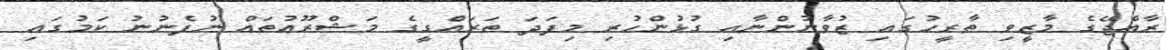
ރާއްޖޭގެ މާޒީވި ތާރީހުގައި ޒުވާނުންނާއި ގުޅުންހުރި މިފަދަ ތަރައްގީގެ މަޝްރޫޢުތައް ނުފެނުނު ކަމުގައި